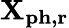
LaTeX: \mathbf{X_{ph,r}}